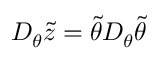
D _ { \theta } \tilde { z } = \tilde { \theta } D _ { \theta } \tilde { \theta }